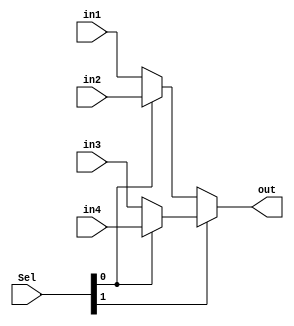
`timescale 1ns / 1ps
module Mux_4x1 #(parameter N = 48)
(
    input [N-1:0]in1,in2,in3,in4,
    input [1:0]Sel,
    output [N-1:0]out
);

assign out = Sel[1]?(Sel[0]?in4:in3):(Sel[0]?in2:in1);

endmodule